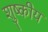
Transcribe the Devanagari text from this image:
शुष्कीय